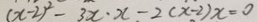
( x - 2 ) ^ { 2 } - 3 x \cdot x - 2 ( x - 2 ) x = 0